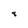
Character: 8